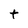
Character: t